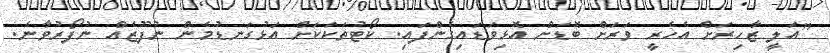
"އަލީ ޒާހިރަށް އެހެރީ ވަރަށް ބޮޑަށް އޮޅިވަަޑައިގެންފައި. ކޯޓުތަކަކަށް އަޅުގަނޑުމެން ނުފޫޒެއް ނުފޯރުވާނެ.